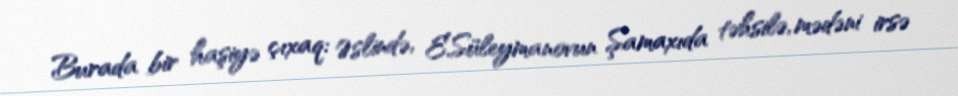
Burada bir haşiyə çıxaq: Əslində, E.Süleymanovun Şamaxıda təhsilə, mədəni irsə